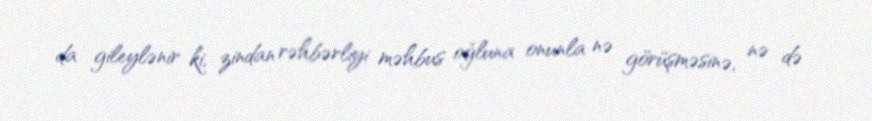
da gileylənir ki, zindan rəhbərliyi məhbus oğluna onunla nə görüşməsinə, nə də